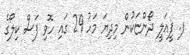
ފ. ފީއަލީ ދޯންޏަކުން މިދިޔަ މަހު 29 ގައި ހޮވި ފަސް ކިލޯގެ